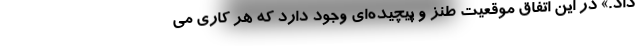
داد.» در این اتفاق موقعیت طنز و پیچیده‌ای وجود دارد که هر کاری می